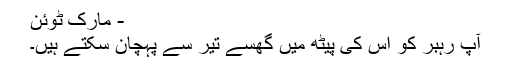
- مارک ٹوئن
آپ رہبر کو اس کی پیٹھ میں گھسے تیر سے پہچان سکتے ہیں۔